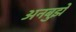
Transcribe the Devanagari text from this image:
अनबुझे